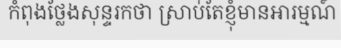
កំពុងថ្លែងសុន្ទរកថា ស្រាប់តែខ្ញុំមានអារម្មណ៍